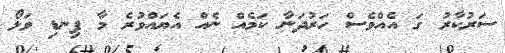
ސަރުކާރު ގަ އެއްވެސް ހަރުދަނާ ކަމެއް ނެއް އެޔައްވުރެ މާ ފިނޑި ވަޅޯ